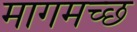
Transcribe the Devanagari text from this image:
मागमच्छ